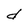
Character: d